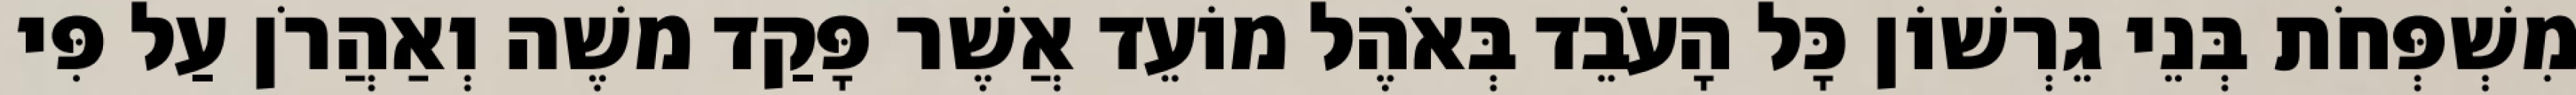
מִשְׁפְּחֹת בְּנֵי גֵרְשׁוֹן כָּל הָעֹבֵד בְּאֹהֶל מוֹעֵד אֲשֶׁר פָּקַד משֶׁה וְאַהֲרֹן עַל פִּי